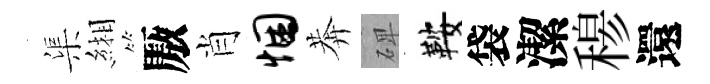
渠緗厫肖悃莾𥓓鞍袋潔𥠇還